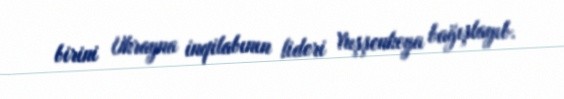
birini Ukrayna inqilabının lideri Yuşşenkoya bağışlayıb.